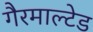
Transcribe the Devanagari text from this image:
गैरमाल्टेड